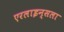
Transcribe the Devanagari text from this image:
एरलाइन्सला